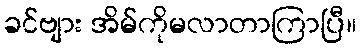
ခင်ဗျား အိမ်ကိုမလာတာကြာပြီ။